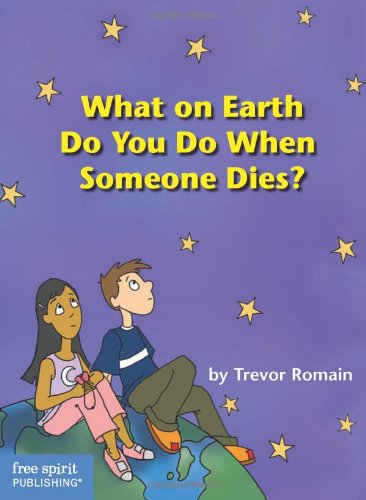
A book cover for What On Earth Do You Do When Someone Dies?; Trevor Romain; Self-Help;